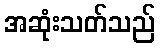
အဆုံးသတ်သည်